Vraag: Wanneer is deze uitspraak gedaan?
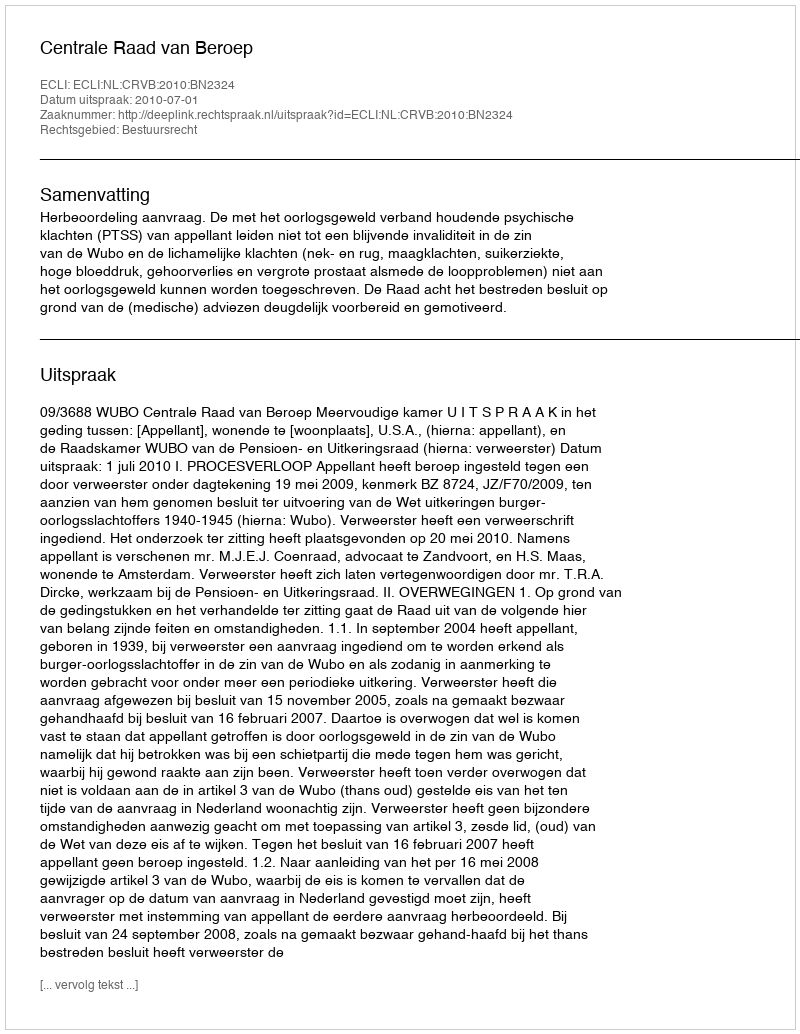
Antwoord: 2010-07-01